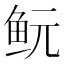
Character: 𱇐